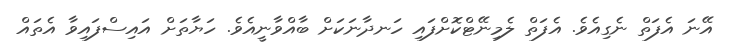
އޭނަ އެފަތް ނެގިއެވެ. އެފަތް ލެމިނޭޓްކޮށްފައި ހަނދާނަކަށް ބާއްވާނީއެވެ. ހަޔާތަށް އައިސްފައިވާ އެތައް